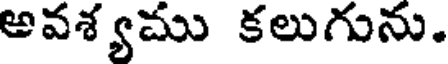
అవశ్యము కలుగును.